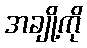
အချို့ကို